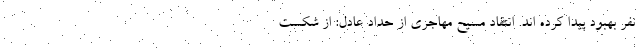
نفر بهبود پیدا کرده اند. انتقاد مسیح مهاجری از حداد عادل: از شکست